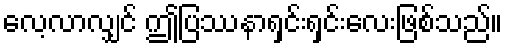
လေ့လာလျှင် ဤပြဿနာရှင်းရှင်းလေးဖြစ်သည်။